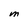
Character: M